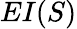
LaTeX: EI(S)